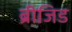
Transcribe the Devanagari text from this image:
ब्रीजिड